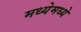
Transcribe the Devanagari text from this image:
मध्येमध्ये